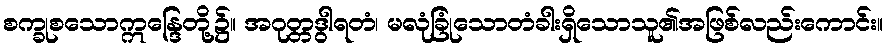
စက္ခုစသောဣန္ဒြေတို့၌။ အဂုတ္တဒွါရတံ၊ မလုံခြုံသောတံခါးရှိသောသူ၏အဖြစ်လည်းကောင်း။